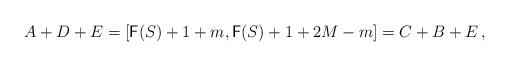
LaTeX: \begin{align*}A+D + E = [\mathsf F(S)+1+m,\mathsf F(S)+1+2M-m] = C+B+E \,,\end{align*}